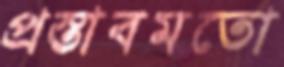
প্রস্তাবমতো